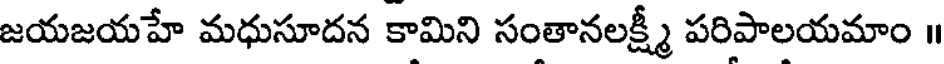
జయజయహే మధుసూదన కామిని సంతానలక్ష్మీ పరిపాలయమాం ॥